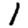
Digit: 1